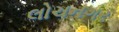
લોચનગર